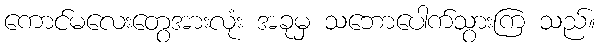
ကောင်မလေးတွေအားလုံး အခုမှ သဘောပေါက်သွားကြ သည်။